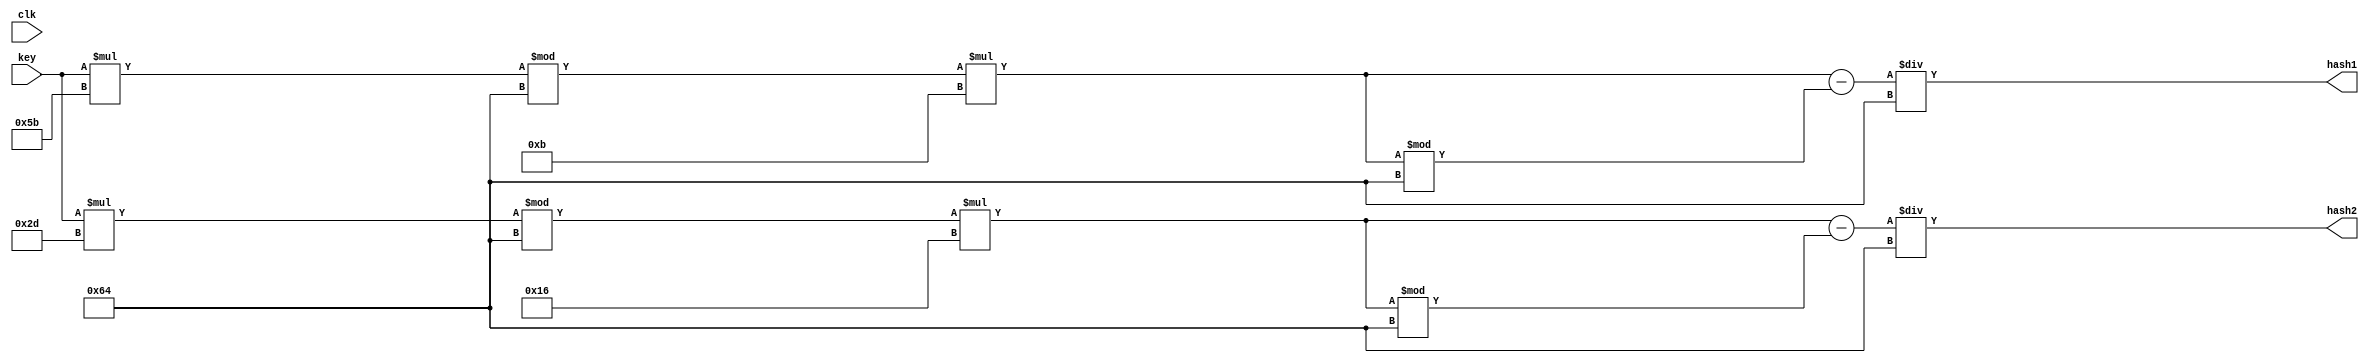
`timescale 1ns/1ns
module hashfunc(input [31:0]key,input clk, output reg [31:0] hash1, output reg [31:0] hash2);

reg [31:0] key_in;

always @(key) begin
key_in=key;
hash1=((((key_in*91)%100)*11)-(((key_in*91)%100)*11)%100)/100;
hash2=((((key_in*45)%100)*22)-(((key_in*45)%100)*22)%100)/100;

$display("hash1: %d  hash2: %d ",hash1, hash2 );
end
endmodule